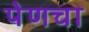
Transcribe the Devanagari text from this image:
पेणचा